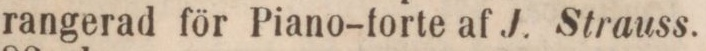
rangerad för Piano-forte af J. Strauss.